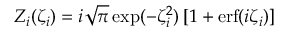
Z _ { i } ( \zeta _ { i } ) = i \sqrt { \pi } \exp ( - \zeta _ { i } ^ { 2 } ) \left[ 1 + \mathrm { e r f } ( i \zeta _ { i } ) \right]